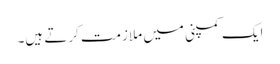
ایک کمپنی میں ملازمت کرتے ہیں۔